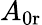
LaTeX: A_{\mathrm{0r}}